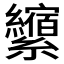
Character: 𰫺